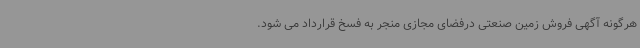
هرگونه آگهی فروش زمین صنعتی درفضای مجازی منجر به فسخ قرارداد می شود.